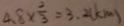
4 . 8 \times \frac { 2 } { 3 } = 3 . 2 ( k m )